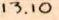
13.10